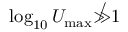
\log _ { 1 0 } U _ { \mathrm { m a x } } \not \gg 1